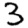
Digit: 3